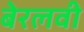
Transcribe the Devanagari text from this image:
बेरलवी